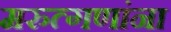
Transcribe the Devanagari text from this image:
मरुत्गणांना